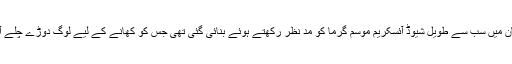
جاپان میں سب سے طویل شیوڈ آئسکریم موسم گرما کو مد نظر رکھتے ہوئے بنائی گئی تھی جس کو کھانے کے لیے لوگ دوڑے چلے آئے۔